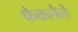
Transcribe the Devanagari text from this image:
फेकलेले